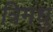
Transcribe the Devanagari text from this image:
त्रिमधु